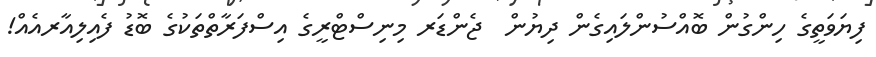
ފިޔަވަތީގެ ހިންގުން ބޮއްސުންލައިގެން ދިޔުން  ޖެންޑަރ މިނިސްޓްރީގެ އިސްފަރާތްތަކުގެ ބޮޑު ފެއިލިއާރއެއް!